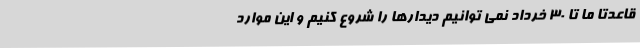
قاعدتاً ما تا 30 خرداد نمی توانیم دیدارها را شروع کنیم و این موارد